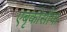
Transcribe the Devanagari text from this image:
एबृकोसोफ